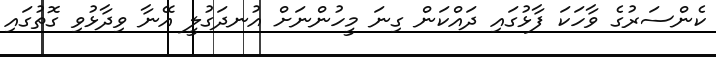
ކެންސަރުގެ ވާހަކަ ފާޅުގައި ދައްކަން ގިނަ މީހުންނަށް އުނދަގުލީ އޭނާ ވިދާޅުވި ގޮތުގައި